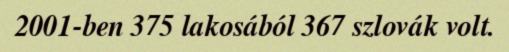
2001-ben 375 lakosából 367 szlovák volt.